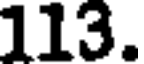
113.